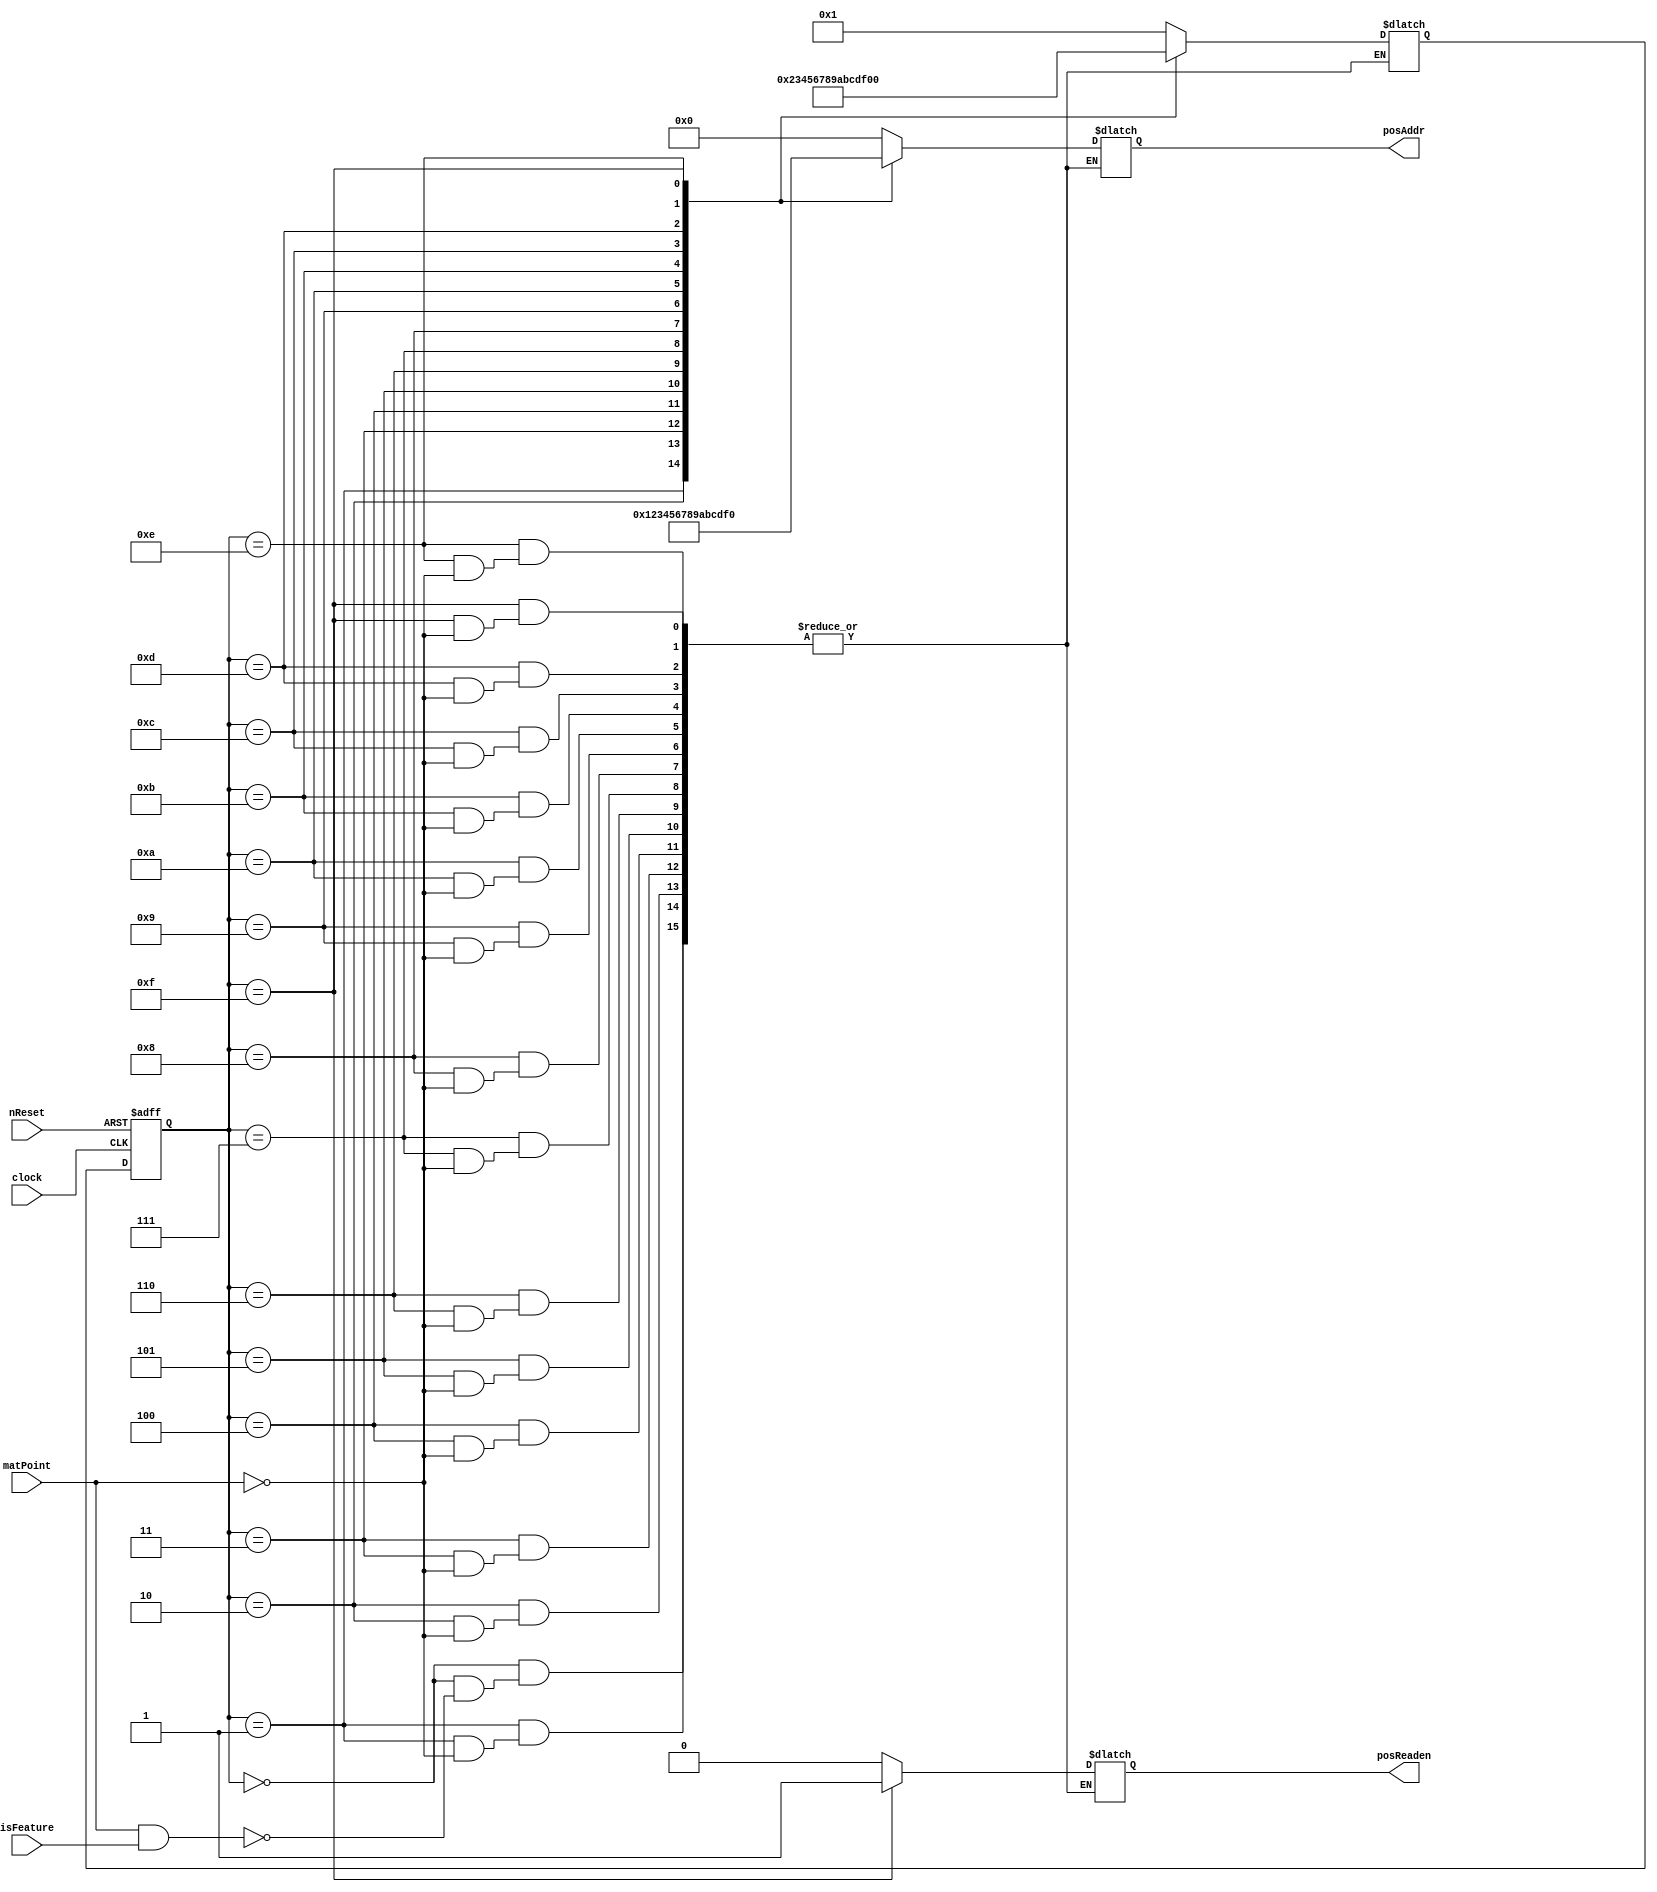
// This program was cloned from: https://github.com/ISKU/FAST9-Accelerator
// License: MIT License

`define INIT 4'd0
`define S1 4'd1
`define S2 4'd2
`define S3 4'd3
`define S4 4'd4
`define S5 4'd5
`define S6 4'd6
`define S7 4'd7
`define S8 4'd8
`define S9 4'd9
`define S10 4'd10
`define S11 4'd11
`define S12 4'd12
`define S13 4'd13
`define S14 4'd14
`define S15 4'd15

module Mat_Counter (clock, nReset, matPoint, isFeature, posAddr, posReaden);
	input clock;
	input nReset;
	input matPoint; // Datapath   
	input [7:0] isFeature; //   
	output [3:0] posAddr; //  
	output posReaden; //  
	
	reg [3:0] posAddr;
	reg posReaden;
	reg [3:0] curState, nextState; //  
	
	// Clock      
	always @(posedge clock or negedge nReset) begin
		if (!nReset)
			curState <= `INIT;
		else
			curState <= nextState;
	end
	
	// FSM
	always @(curState or matPoint or isFeature) begin
		casex (curState)
			`INIT: begin
				if (matPoint && isFeature) begin
					nextState = `S1;
					posAddr = 4'd0;
					posReaden = 1'b0;
				end
			end
			
			`S1: begin
				if (matPoint) begin
					nextState = `S2;
					posAddr = 4'd1;
					posReaden = 1'b0;
				end
			end
			
			`S2: begin
				if (matPoint) begin
					nextState = `S3;
					posAddr = 4'd2;
					posReaden = 1'b0;
				end
			end
			
			`S3: begin
				if (matPoint) begin
					nextState = `S4;
					posAddr = 4'd3;
					posReaden = 1'b0;
				end
			end
			
			`S4: begin
				if (matPoint) begin
					nextState = `S5;
					posAddr = 4'd4;
					posReaden = 1'b0;
				end
			end
			
			`S5: begin
				if (matPoint) begin
					nextState = `S6;
					posAddr = 4'd5;
					posReaden = 1'b0;
				end
			end
			
			`S6: begin
				if (matPoint) begin
					nextState = `S7;
					posAddr = 4'd6;
					posReaden = 1'b0;
				end
			end
			
			`S7: begin
				if (matPoint) begin
					nextState = `S8;
					posAddr = 4'd7;
					posReaden = 1'b0;
				end
			end
			
			`S8: begin
				if (matPoint) begin
					nextState = `S9;
					posAddr = 4'd8;
					posReaden = 1'b0;
				end
			end
			
			`S9: begin
				if (matPoint) begin
					nextState = `S10;
					posAddr = 4'd9;
					posReaden = 1'b0;
				end
			end
			
			`S10: begin
				if (matPoint) begin
					nextState = `S11;
					posAddr = 4'd10;
					posReaden = 1'b0;
				end
			end
			
			`S11: begin
				if (matPoint) begin
					nextState = `S12;
					posAddr = 4'd11;
					posReaden = 1'b0;
				end
			end
			
			`S12: begin
				if (matPoint) begin
					nextState = `S13;
					posAddr = 4'd12;
					posReaden = 1'b0;
				end
			end
			
			`S13: begin
				if (matPoint) begin
					nextState = `S14;
					posAddr = 4'd13;
					posReaden = 1'b0;
				end
			end
			
			`S14: begin
				if (matPoint) begin
					nextState = `S15;
					posAddr = 4'd14;
					posReaden = 1'b0;
				end
			end
			
			`S15: begin
				if (matPoint) begin
					nextState = `INIT;
					posAddr = 4'd15;
					posReaden = 1'b1;
				end
			end
		endcase
	end
endmodule